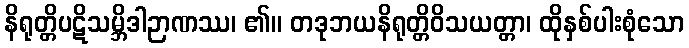
နိရုတ္တိပဋိသမ္ဘိဒါဉာဏဿ၊ ၏။ တဒုဘယနိရုတ္တိဝိသယတ္တာ၊ ထိုနှစ်ပါးစုံသော